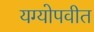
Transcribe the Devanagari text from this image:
यग्योपवीत